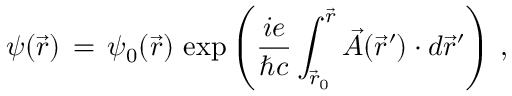
\psi ( \vec { r } ) \, = \, \psi _ { 0 } ( \vec { r } ) \, \exp \left( \frac { i e } { \hbar c } \int _ { { \vec { r } } _ { 0 } } ^ { \vec { r } } \vec { A } ( \vec { r } \prime ) \cdot d \vec { r } \prime \right) \, ,